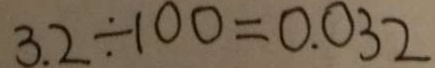
3 . 2 \div 1 0 0 = 0 . 0 3 2